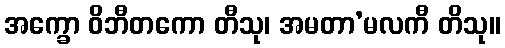
အက္ခော ဝိဘီတကော တီသု၊ အမတာ’မလကီ တိသု။